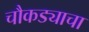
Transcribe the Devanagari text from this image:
चौकड्याचा